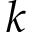
k